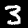
Digit: 3